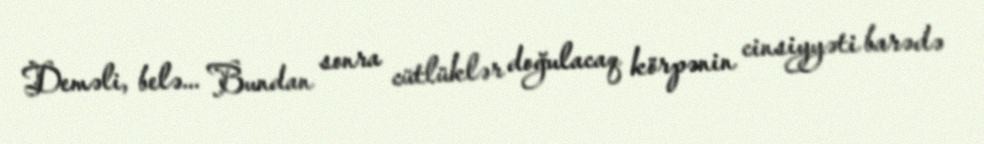
Deməli, belə... Bundan sonra cütlüklər doğulacaq körpənin cinsiyyəti barədə